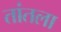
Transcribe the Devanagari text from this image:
तांतला